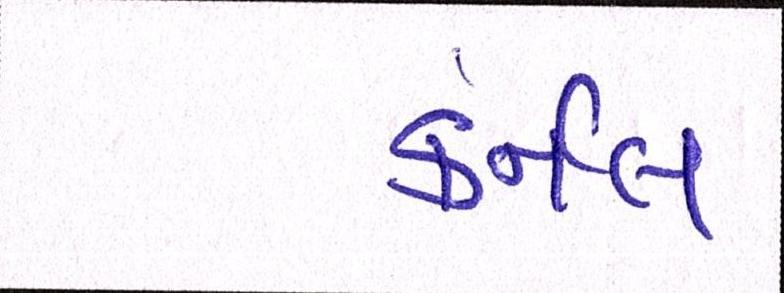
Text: કર્નલ